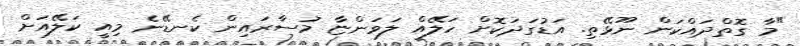
"މާ ގޮތްދައްކަން ނޫޅޭތި. އަޑުގަދަކޮށް ހަލޭއް ލަވަންޏާ މުސާރައިން ކެނޑޭނެ މިއީ ކަލޭއަށް